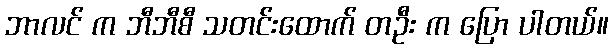
ဘာလင် က ဘီဘီစီ သတင်းထောက် တဦး က ပြော ပါတယ်။